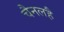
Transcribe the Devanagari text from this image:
चैनलहै